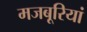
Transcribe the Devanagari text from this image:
मजबूरियां